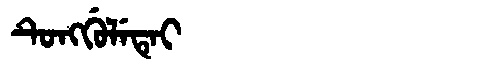
Manchu: ᡨᡠᠩᡤᡠᠯᡝᡨᡝᡳ
Romanization: TUNGGULETEI